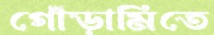
গোঁড়ামিতে